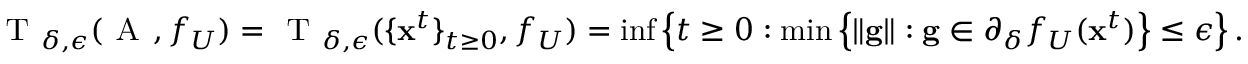
\textsc { T } _ { \delta , \epsilon } ( \textsc { A } , f _ { U } ) = \textsc { T } _ { \delta , \epsilon } ( \{ \mathbf x ^ { t } \} _ { t \geq 0 } , f _ { U } ) = \operatorname* { i n f } \left\{ t \geq 0 : \operatorname* { m i n } \left\{ \| \mathbf g \| : \mathbf g \in \partial _ { \delta } f _ { U } ( \mathbf x ^ { t } ) \right\} \leq \epsilon \right\} .